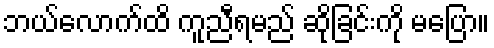
ဘယ်လောက်ထိ ကူညီရမည် ဆိုခြင်းကို မပြော။